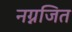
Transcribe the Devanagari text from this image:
नग्नजित